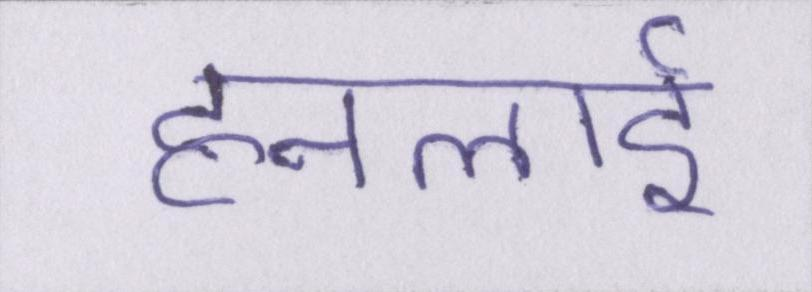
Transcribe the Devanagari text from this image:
हनलाई